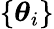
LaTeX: \{ \boldsymbol{\theta}_{i}\}